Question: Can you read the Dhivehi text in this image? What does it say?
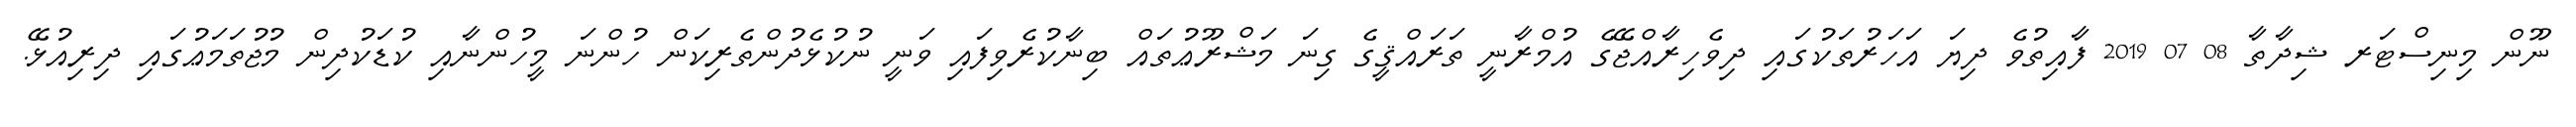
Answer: ނޫން މިނިސްޓަރ ޝިދާތާ 08 07 2019 ފާއިތުވެ ދިޔަ އަހަރުތަކުގައި ދިވެހިރާއްޖޭގެ އުމްރާނީ ތަރައްޤީގެ ގިނަ މަޝްރޫޢުތައް ބިނާކުރެވިފައި ވަނީ ނުކުޅެދުންތެރިކަން ހުންނަ މީހުންނާއި ކުޑަކުދިން މުޖުތަމަޢުގައި ދިރިއުޅޭ.